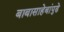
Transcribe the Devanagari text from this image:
बाबासाहेबांपुढे